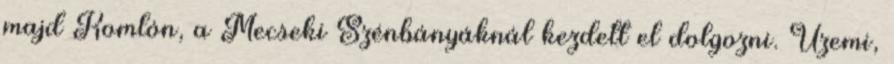
majd Komlón, a Mecseki Szénbányáknál kezdett el dolgozni. Üzemi,